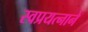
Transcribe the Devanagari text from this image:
स्वप्रयत्नाने